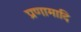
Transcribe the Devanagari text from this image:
प्रणामादि